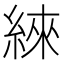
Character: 䋱